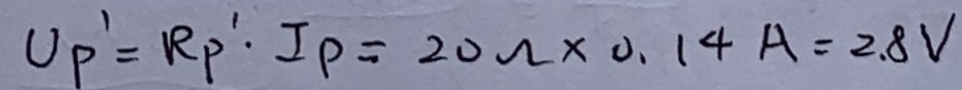
U _ { P } ^ { \prime } = R _ { P } ^ { \prime } \cdot I P = 2 0 \Omega \times 0 . 1 4 A = 2 . 8 V